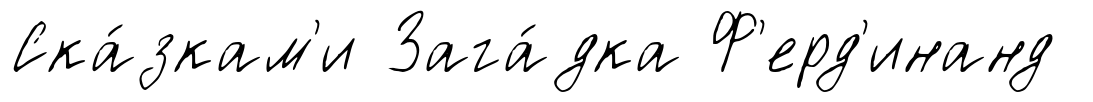
Ска́зкам'и Зага́дка Ф'ерд'инанд